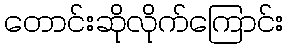
တောင်းဆိုလိုက်ကြောင်း